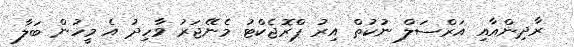
ރާދިންއާއި އަރްސަލް ނުކުތް އިރު ޕްރޮޖެކްޓު މެނޭޖަރު ވާހިދު އެ މީހުން ބަލާ